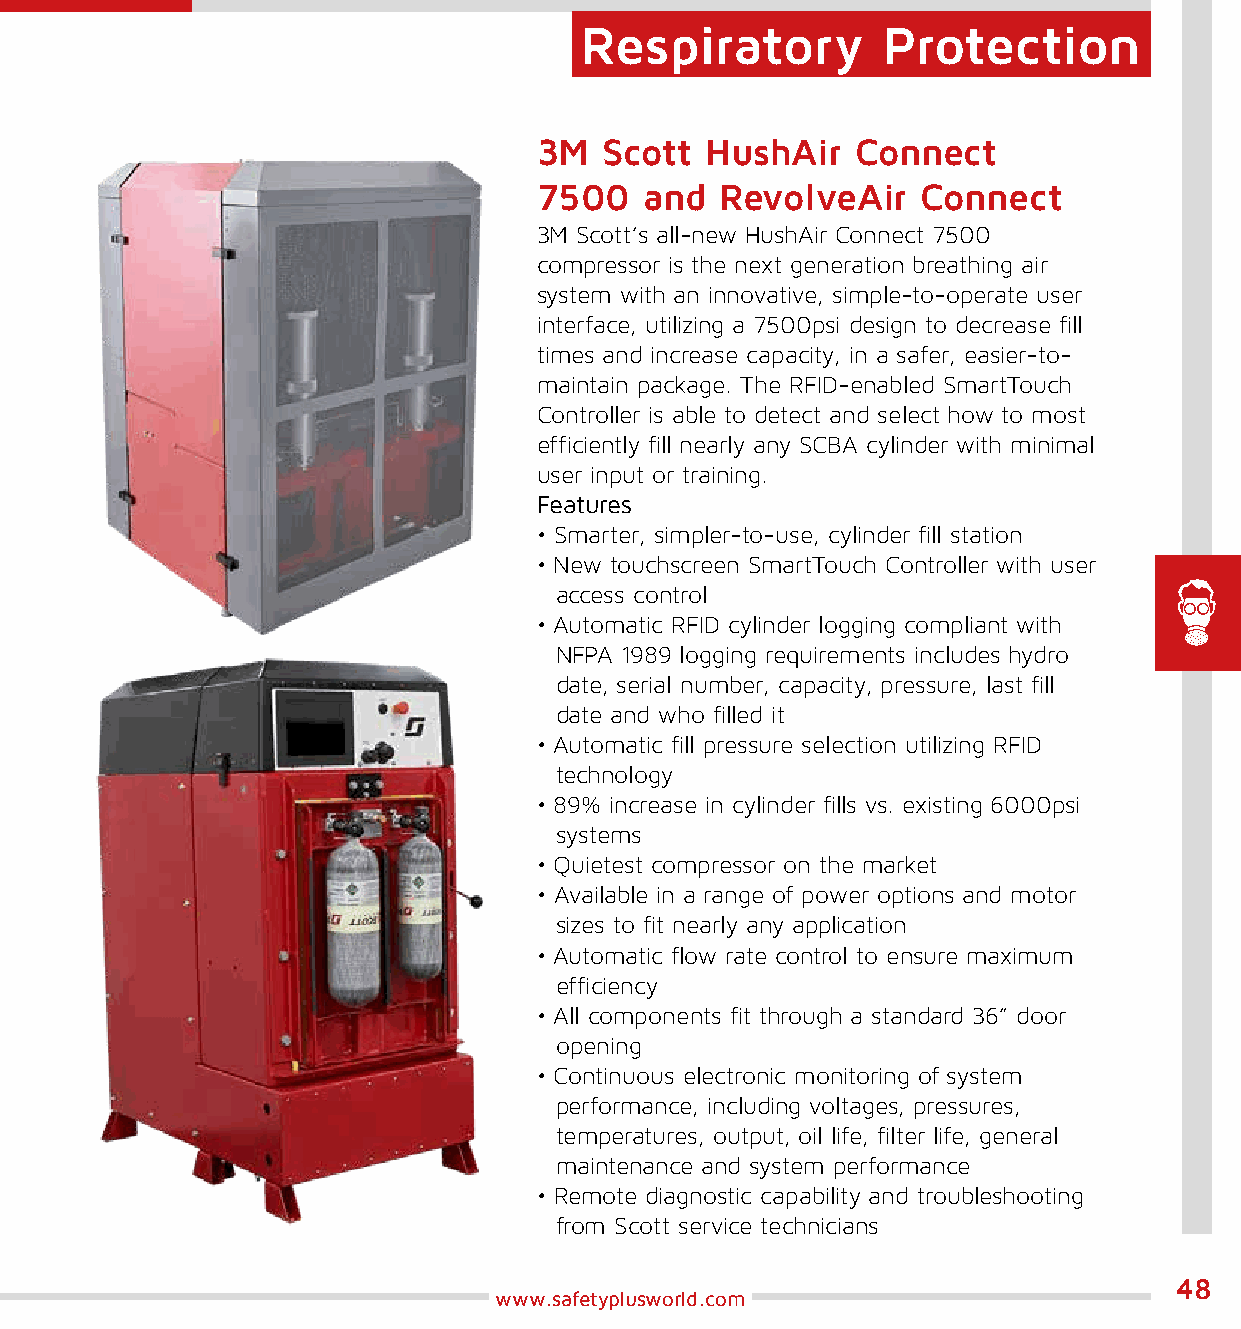
Respiratory         Protection
 3M  Scott  HushAir   Connect
 7500   and  RevolveAir   Connect
 3M Scott’s all-new HushAir Connect 7500
 compressor is the next generation breathing air
 system with an innovative, simple-to-operate user
 interface, utilizing a 7500psi design to decrease fill
 times and increase capacity, in a safer, easier-to-
 maintain package. The RFID-enabled SmartTouch
 Controller is able to detect and select how to most
 efficiently fill nearly any SCBA cylinder with minimal
 user input or training.
 Features
 • Smarter, simpler-to-use, cylinder fill station
 • New touchscreen SmartTouch Controller with user
 access control
 • Automatic RFID cylinder logging compliant with
 NFPA 1989 logging requirements includes hydro
 date, serial number, capacity, pressure, last fill
 date and who filled it
 • Automatic fill pressure selection utilizing RFID
 technology
 • 89% increase in cylinder fills vs. existing 6000psi
 systems
 • Quietest compressor on the market
 • Available in a range of power options and motor
 sizes to fit nearly any application
 • Automatic flow rate control to ensure maximum
 efficiency
 • All components fit through a standard 36” door
 opening
 • Continuous electronic monitoring of system
 performance, including voltages, pressures,
 temperatures, output, oil life, filter life, general
 maintenance and system performance
 • Remote diagnostic capability and troubleshooting
 from Scott service technicians
 48
 www.safetyplusworld.com